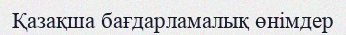
Қазақша бағдарламалық өнімдер